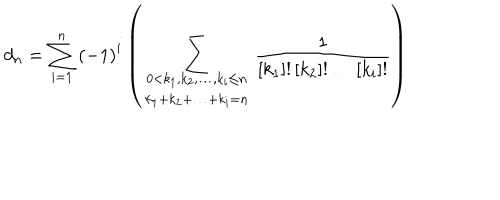
LaTeX: d _ { n } = \sum _ { i = 1 } ^ { n } { \left( - 1 \right) ^ { i } \left( \sum _ { \begin{array} { c } { { 0 < k _ { 1 } , k _ { 2 } , \ldots , k _ { i } \leq n } } \\ { { k _ { 1 } + k _ { 2 } + \ldots + k _ { i } = n } } \\ \end{array} } \frac { 1 } { \left[ k _ { 1 } \right] ! \left[ k _ { 2 } \right] ! \ldots \left[ k _ { i } \right] ! } \right) }